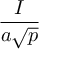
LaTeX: \frac { I } { a { \sqrt { p } } }